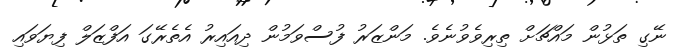
ނޭގި ތަޅުން މައްޗަށް ތިރިވެވުނެވެ. މަންޒަރު ފުސްވަމުން ދިއައިރު އެތެރޭގަ އަފްޒަލް ފިޔަވައި